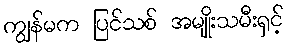
ကျွန်မက ပြင်သစ် အမျိုးသမီးရှင့်